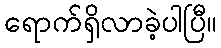
ရောက်ရှိလာခဲ့ပါပြီ။